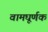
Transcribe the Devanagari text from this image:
वामघूर्णक